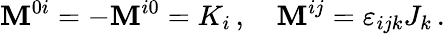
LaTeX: \mathbf{M}^{0i}=-\mathbf{M}^{i0}=K_{i}\, ,\quad\mathbf{M}^{ij}=\varepsilon_{ijk}J_{k}\, .